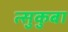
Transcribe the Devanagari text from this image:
त्सुकुबा